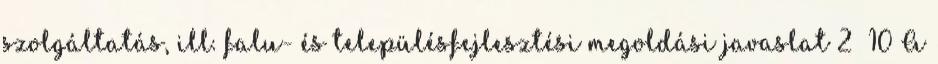
szolgáltatás, ill. falu- és településfejlesztési megoldási javaslat 2 10 A